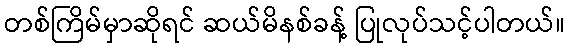
တစ်ကြိမ်မှာဆိုရင် ဆယ်မိနစ်ခန့် ပြုလုပ်သင့်ပါတယ်။